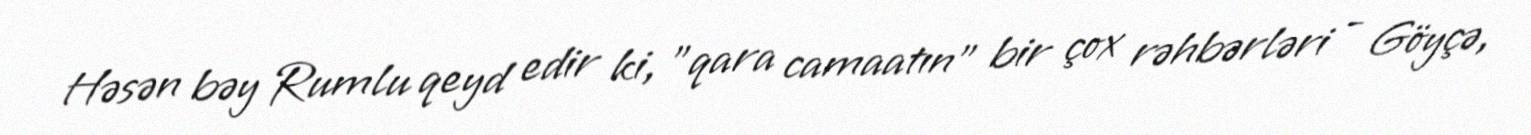
Həsən bəy Rumlu qeyd edir ki, "qara camaatın" bir çox rəhbərləri - Göyçə,